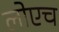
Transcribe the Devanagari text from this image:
लोएच